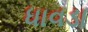
ધાવડા